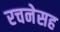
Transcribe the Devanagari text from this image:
रचनेसह